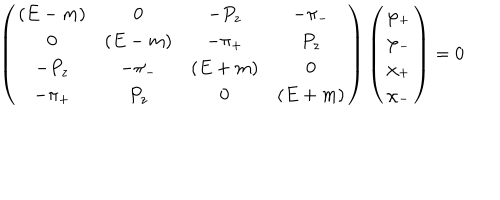
\left( \begin{array} { c c c c } { { ( E - m ) } } & { { 0 } } & { { - P _ { z } } } & { { - \pi _ { - } } } \\ { { 0 } } & { { ( E - m ) } } & { { - \pi _ { + } } } & { { P _ { z } } } \\ { { - P _ { z } } } & { { - \pi _ { - } } } & { { ( E + m ) } } & { { 0 } } \\ { { - \pi _ { + } } } & { { P _ { z } } } & { { 0 } } & { { ( E + m ) } } \\ \end{array} \right) \left( \begin{array} { c } { { \varphi _ { + } } } \\ { { \varphi _ { - } } } \\ { { \chi _ { + } } } \\ { { \chi _ { - } } } \\ \end{array} \right) = 0